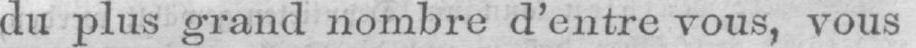
du plus grand nombre d’entre tous, vous